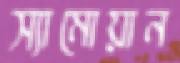
স্যামোয়ান